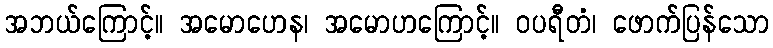
အဘယ်ကြောင့်။ အမောဟေန၊ အမောဟကြောင့်။ ဝပရီတံ၊ ဖောက်ပြန်သော